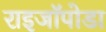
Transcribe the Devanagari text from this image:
राइजॉपोडा